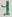
Text: 1